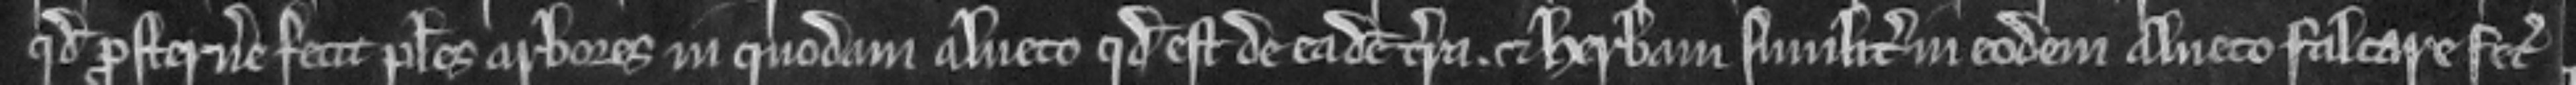
quod prosternere fecit plures arbores in quodam alneto quod est de eadem terra. et herbam similiter in eodem alneto falcare fecit